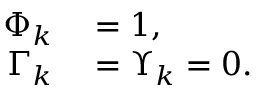
\begin{array} { r l } { \Phi _ { k } } & { { } = 1 , } \\ { \Gamma _ { k } } & { { } = \Upsilon _ { k } = 0 . } \end{array}